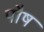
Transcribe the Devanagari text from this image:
पाैष